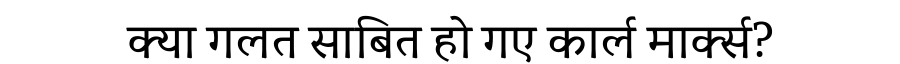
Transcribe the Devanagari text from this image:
क्या गलत साबित हो गए कार्ल मार्क्स?